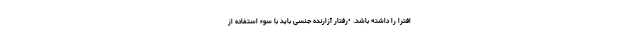
افترا را داشته باشد. •‌رفتار آزارنده جنسی باید با سوء استفاده از